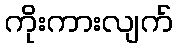
ကိုးကားလျက်